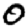
Digit: 0